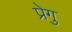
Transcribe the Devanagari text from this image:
प्रेगु